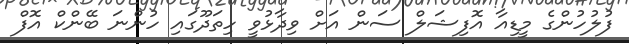
ފުލުހުންގެ މީޑިއާ އޮފިޝަލް ސަން އަށް ވިދާޅުވީ ހިތަދޫގައި ހުންނަ ބޭންކް އޮފް